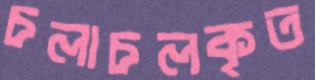
চলাচলকৃত